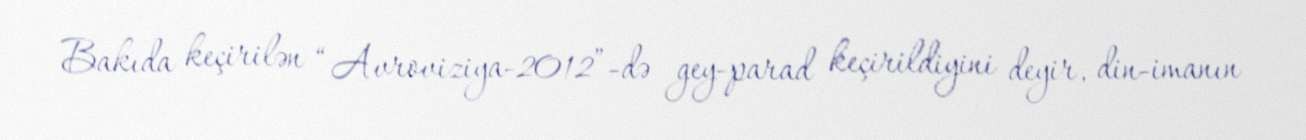
Bakıda keçirilən “Avroviziya-2012”-də gey-parad keçirildiyini deyir, din-imanın